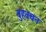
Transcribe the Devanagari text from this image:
बुहवचन